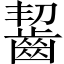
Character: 齧